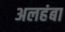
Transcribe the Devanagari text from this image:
अलहंबा